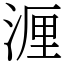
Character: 湹